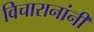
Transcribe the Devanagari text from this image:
विचारानांनी